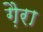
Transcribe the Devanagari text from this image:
गै़रा